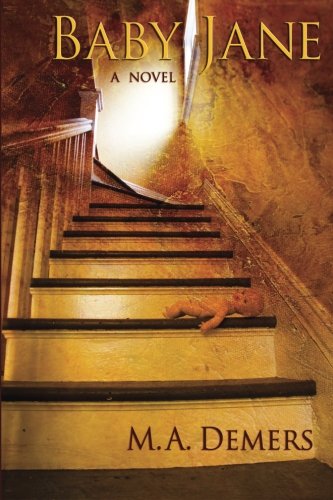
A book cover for Baby Jane (Metaphysical Mystery #1: Native American); M. A. Demers; Mystery, Thriller & Suspense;